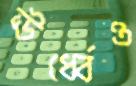
ঊর্ধ্বেও